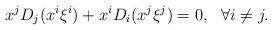
LaTeX: \begin{align*} x^jD_j(x^i\xi^i)+x^iD_i(x^j\xi^j)=0, \ \ \forall i\not=j. \end{align*}